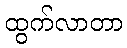
ထွက်လာတာ